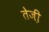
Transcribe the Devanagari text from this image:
तेजी़